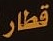
قطار